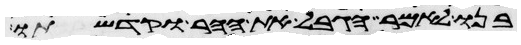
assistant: בנו לאמר הגבל את ההר וקדשתו